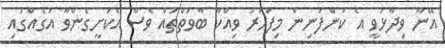
އޭނާ ވިދާޅުވީ އެ ކުންފުނިން މިފަހަރު ވިއްކާ ބާވަތްތައް ވެސް އެކަށީގެންވާ އަގެއްގައި